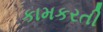
કામકરતી